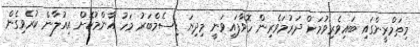
މިތަމްރީންގައި ބައިވެރިވުމަށް ދަރުމަވެރިން ހޮވާފައިވަނީ މިދިޔަ ޑިސެމްބަރު މަހު އާންމުކޮށް އިއުލާން ކުރެވިގެން